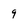
Character: 9